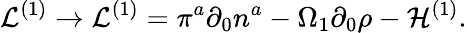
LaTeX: {\cal L}^{(1)}\rightarrow{\cal L}^{(1)}=\pi^{a}\partial_{0}{n}^{a}-\Omega_{1}\partial_{0}{\rho}-{\cal H}^{(1)}.